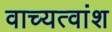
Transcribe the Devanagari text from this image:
वाच्यत्वांश